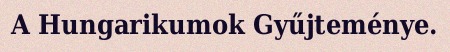
A Hungarikumok Gyűjteménye.